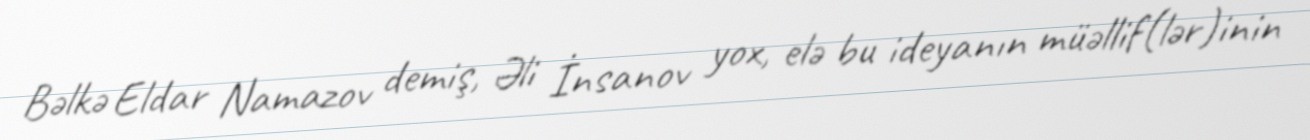
Bəlkə Eldar Namazov demiş, Əli İnsanov yox, elə bu ideyanın müəllif(lər)inin